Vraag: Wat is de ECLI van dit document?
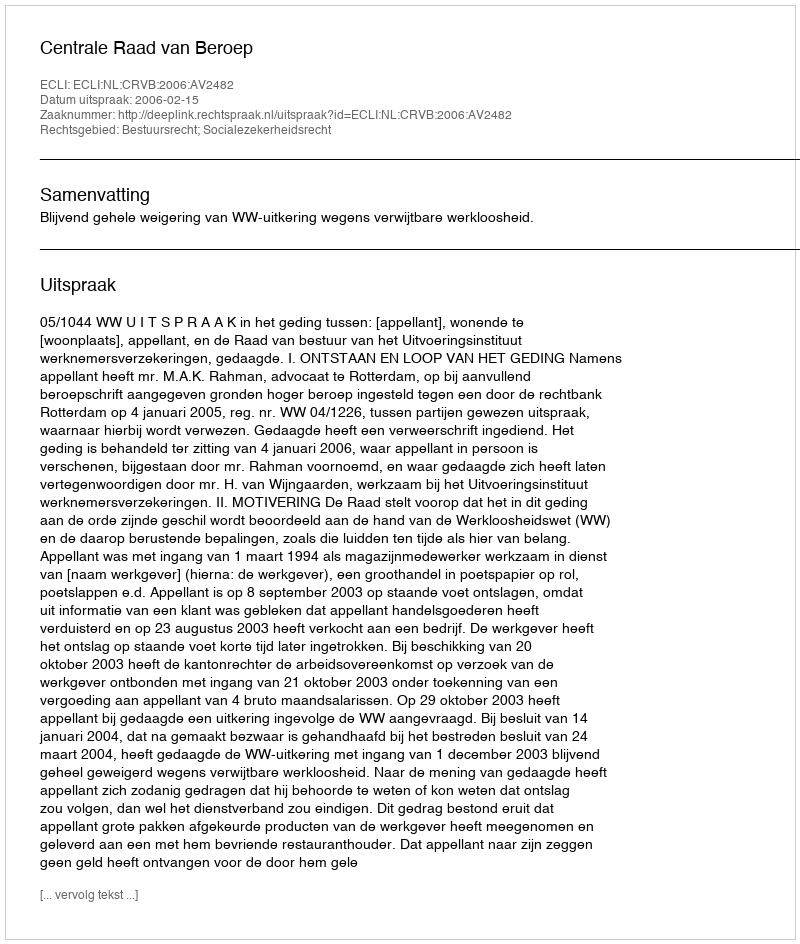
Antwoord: ECLI:NL:CRVB:2006:AV2482